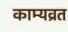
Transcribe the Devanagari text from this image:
काम्यव्रत